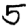
Digit: 5